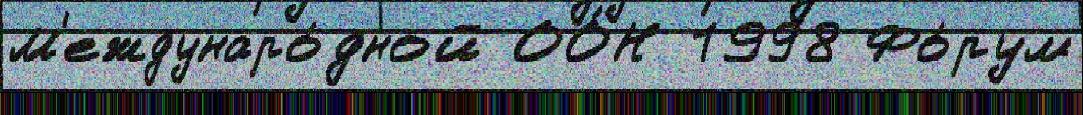
М'еждунаро́дной ОО́Н 1998 Фо́рум